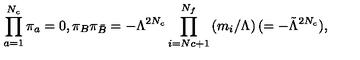
\prod _ { a = 1 } ^ { N _ { c } } \pi _ { a } = 0 , \pi _ { B } \pi _ { \bar { B } } = - \Lambda ^ { 2 N _ { c } } \prod _ { i = N c + 1 } ^ { N _ { f } } \left( m _ { i } / \Lambda \right) ( = - { \tilde { \Lambda } } ^ { 2 N _ { c } } ) ,